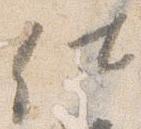
仕